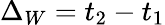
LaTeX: \Delta_{W}=t_{2}-t_{1}